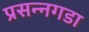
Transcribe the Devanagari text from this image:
प्रसन्नगडा